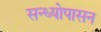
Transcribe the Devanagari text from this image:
सन्ध्याेपासन